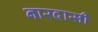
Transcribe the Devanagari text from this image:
नारदासी